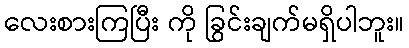
လေးစားကြပြီး ကို ခြွင်းချက်မရှိပါဘူး။